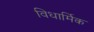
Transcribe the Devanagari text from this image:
विधार्मिक